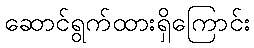
ဆောင်ရွက်ထားရှိကြောင်း